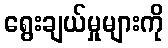
ရွေးချယ်မှုများကို